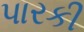
પારકી